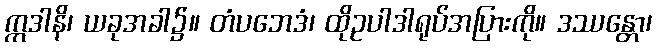
ဣဒါနိ၊ ယခုအခါ၌။ တံပဘေဒံ၊ ထိုဥပါဒါရုပ်အပြားကို။ ဒဿန္တော၊